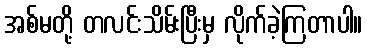
အစ်မတို့ တလင်းသိမ်းပြီးမှ လိုက်ခဲ့ကြတာပါ။